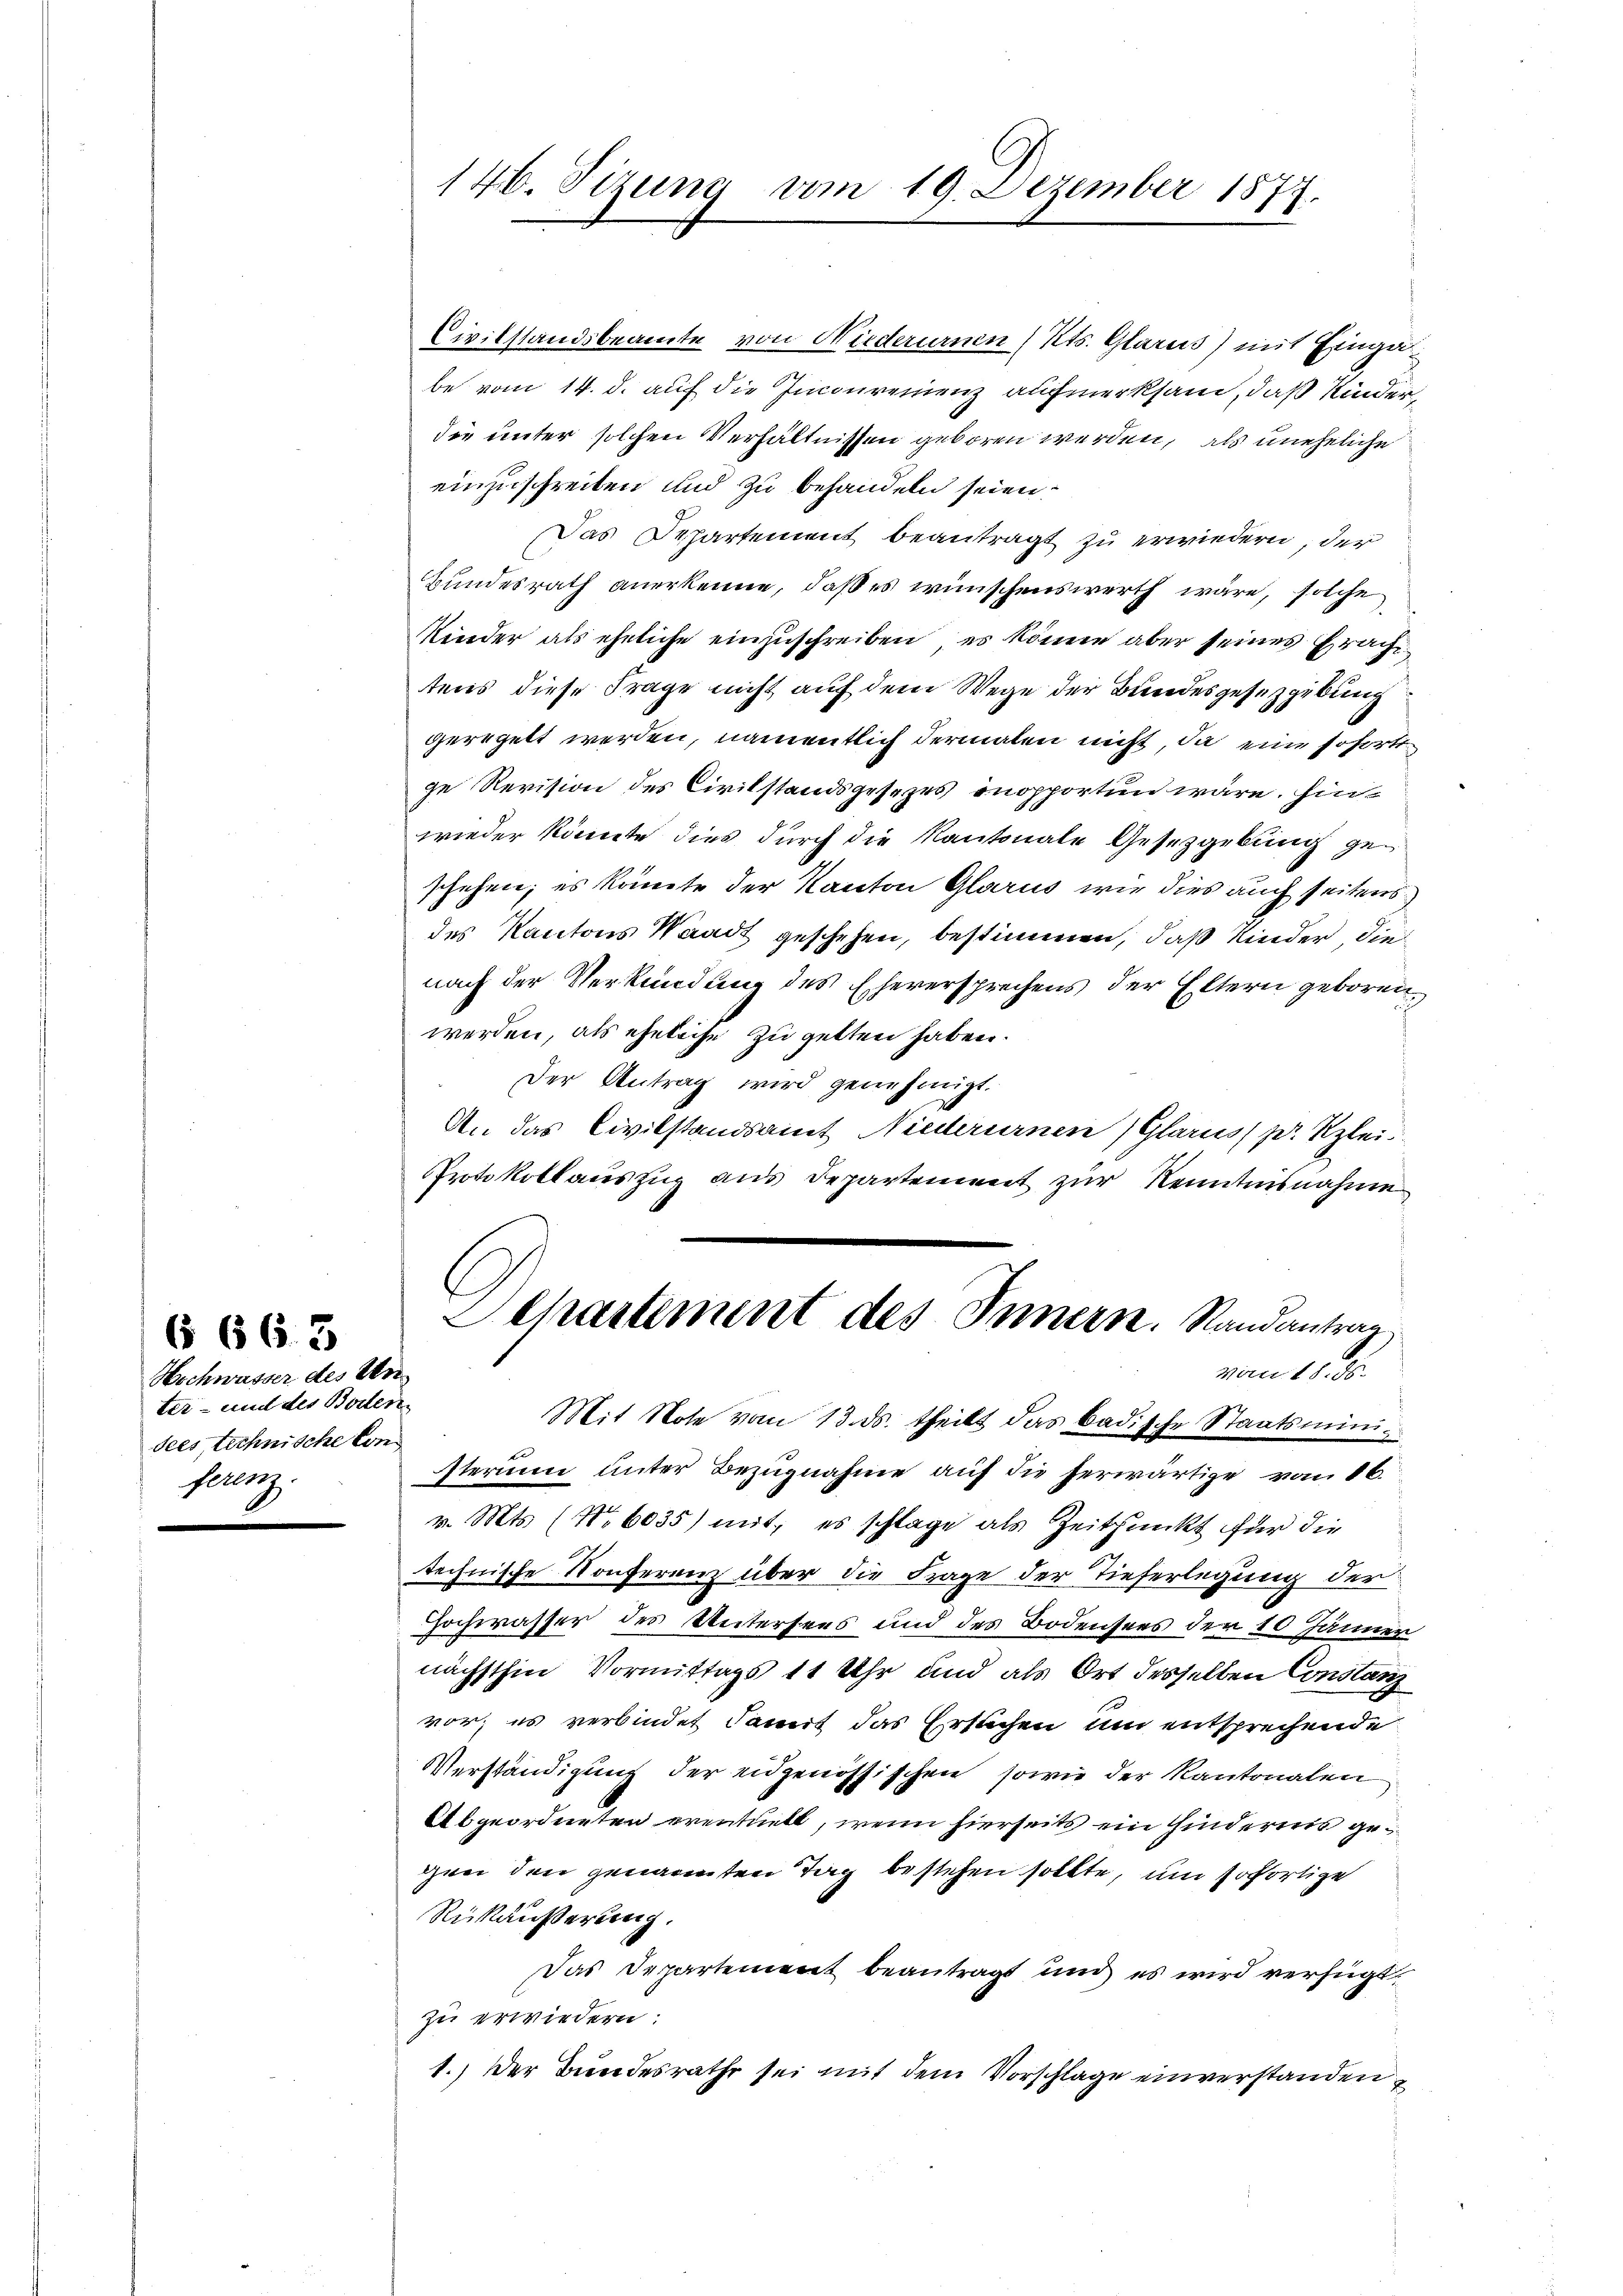
ter- und der Boden
dees, technische Conferenz.

66. 3
Hochwasser des Un

Civilstandsbeamte von Niederurnen (Kts. Glarus) mit Eingabe vom 14. d. auf die Incourenienz aufmerksam, daß Kinderdie unter solchen Verhältnissen geboren werden, als uneheliche
einzuschreiben und zu behandeln seien.
Das Departement beantragt zu erwiedern, der
Bundesrath anerkenne, daß es wünschenswerth wäre, solche
Kinder als eheliche einzuschreiben, es könne aber seines Erache
tens diese Frage nicht auf dem Wege der Bundesgesetzgebung
geregelt werden, namentlich dermalen nicht, da eine sofortze Revision des Civilstandsgesezes onopporten wäre. Hinwieder könnte dies durch die Kantonale Gesetzgebung geschehen; es könnte der Kanton Glarus wie dies auch seitens
des Kantons Waadt geschehen, bestimmen, daß Kinder, die
nach der Verkündung des Eheversprechens der Eltern geboren,
werden, als eheliche zu gelten haben.
Der Antrag wird genehmigt.
An das Civilstandsamt Niederurnen (Glarus, pr Kzlei-
PProtokollauszug aus Departement zur Kenntnisnahme
Departement des Innern. Stand antrag
vom 10. d.
Mit Note vom 13. ds. theilt das badische Staatsministerium unter Bezugnahme auf die herwärtige von 16.
v. Mts. (N. 6035) mit, es schlage als Zeitpunkt für die
technische Konferenz über die Frage der Tieferlegung der
Hochwasser des Untersees und des Bodensees der 10 Jänner
nächsthin Vormittags 11 Uhr und als Ort desselben Constanz
vor; es verbindet damit das Ersuchen um entsprechende
Verständigung der eidgenössischen, sowie der Kantonalen
Abgeordneten eventuell, wenn hierseits ein Hindernis gegen den genannten Tag bestehen sollte, um sofortige
Rükäußerung.
Das Departement beantragt und es wird verfügt,
zu erwiedern:
1.) Der Bundesrathe sei mit dem Vorschlage einverstanden

146. Sizung vom 19. Dezember 1877.